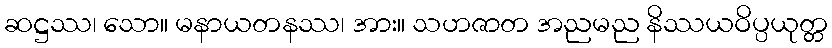
ဆဋ္ဌဿ၊ သော။ မနာယတနဿ၊ အား။ သဟဇာတ အညမည နိဿယဝိပ္ပယုတ္တ